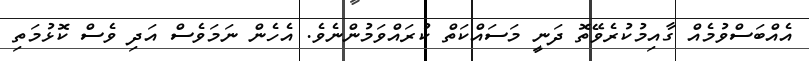
އެއްބަސްވުމެއް ގާއިމުކުރެވޭތޮ ދަނީ މަސައްކަތް ކުރައްވަމުންނެވެ. އެހެން ނަމަވެސް އަދި ވެސް ކޮޅުމަތި